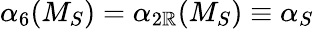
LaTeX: {\alpha}_{6}(M_{S})={\alpha}_{2\mathbb{R}}(M_{S})\equiv{\alpha}_{S}